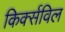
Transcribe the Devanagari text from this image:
किर्क्सविल